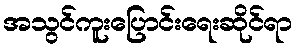
အသွင်ကူးပြောင်းရေးဆိုင်ရာ